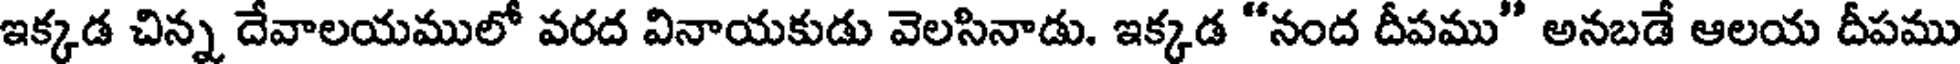
ఇక్కడ చిన్న దేవాలయములో వరద వినాయకుడు వెలసినాడు. ఇక్కడ "నంద దీపము" అనబడే ఆలయ దీపము